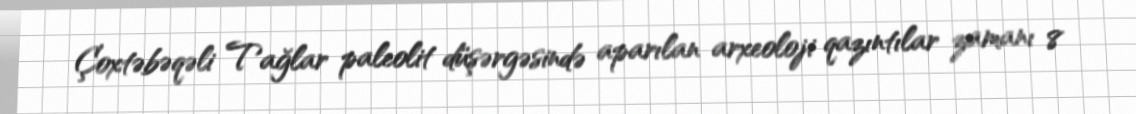
Çoxtəbəqəli Tağlar paleolit düşərgəsində aparılan arxeoloji qazıntılar zamanı 8